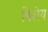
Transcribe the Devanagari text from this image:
विशेय